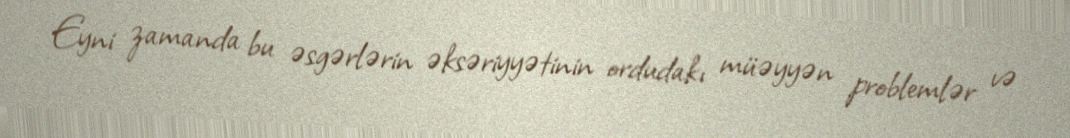
Eyni zamanda bu əsgərlərin əksəriyyətinin ordudakı müəyyən problemlər və